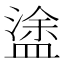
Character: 𥂋